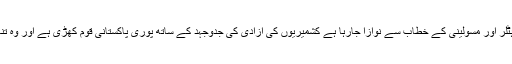
مودی کے بارے میں جو پہلے ہی گجرات کے سلمانوں کاقاتل کہلاتا تھا اب ہٹلر اور مسولینی کے خطاب سے نوازا جارہا ہے کشمیریوں کی آزادی کی جدوجہد کے ساتھ پوری پاکستانی قوم کھڑی ہے اور وہ تنازعہ جو ستر سال سے حل نہ ہوسکا جلد ہی اپنے منطقی انجام تک پہنچے گا۔